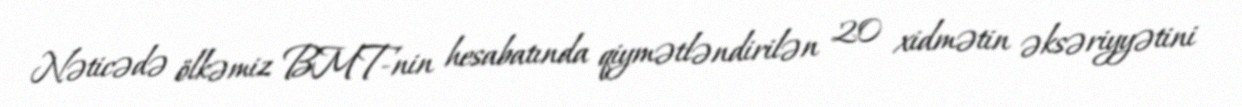
Nəticədə ölkəmiz BMT-nin hesabatında qiymətləndirilən 20 xidmətin əksəriyyətini